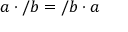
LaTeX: a \cdot / b = / b \cdot a